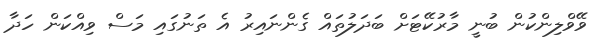
ވޭވްލިންކުން ބުނީ މާރުކޭޓަށް ބަދަލުތައް ގެންނައިރު އެ ތަނުގައި މަސް ވިއްކަން ހަދާ